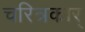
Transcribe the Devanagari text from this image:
चरित्रकार्